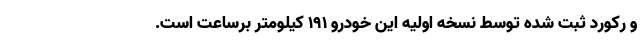
و رکورد ثبت شده توسط نسخه اولیه این خودرو 191 کیلومتر برساعت است.